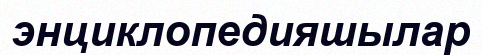
энциклопедияшылар